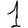
Digit: 1